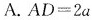
A.$$A D = 2 a$$